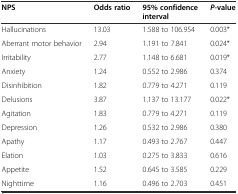
| NPS | Odds ratio | 95% confidence interval | P-value |
 | --- | --- | --- | --- |
 | Hallucinations | 13.03 | 1.588 to 106.954 | 0.003* |
 | Aberrant motor behavior | 2.94 | 1.191 to 7.841 | 0.024* |
 | Irritability | 2.77 | 1.148 to 6.681 | 0.019* |
 | Anxiety | 1.24 | 0.552 to 2.986 | 0.374 |
 | Disinhibition | 1.82 | 0.779 to 4.271 | 0.119 |
 | Delusions | 3.87 | 1.137 to 13.177 | 0.022* |
 | Agitation | 1.83 | 0.779 to 4.271 | 0.119 |
 | Depression | 1.26 | 0.532 to 2.986 | 0.380 |
 | Apathy | 1.17 | 0.493 to 2.767 | 0.447 |
 | Elation | 1.03 | 0.275 to 3.833 | 0.616 |
 | Appetite | 1.52 | 0.645 to 3.585 | 0.229 |
 | Nighttime | 1.16 | 0.496 to 2.703 | 0.451 |